Indian journal of veterinary science and animal husbandry - Volumes 28-29, 1958-1959
Year: 1958
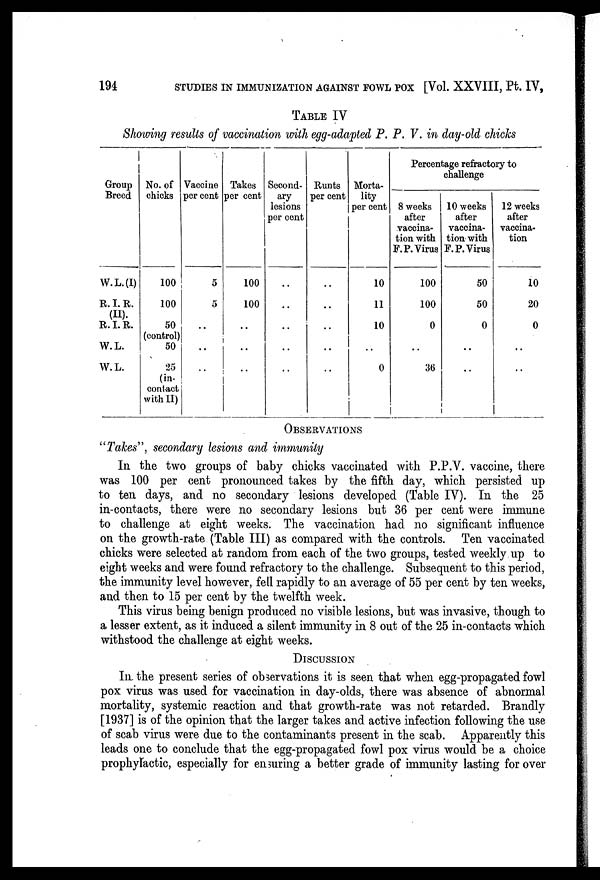
194
STUDIES IN IMMUNIZATION AGAINST FOWL POX [Vol. XXVIII, Pt. IV,
TABLE IV
Showing results of vaccination with egg-adapted P. P. V. in day-old chicks
Group
Breed
W.L. (I)
R. I. R.
(II).
R. I. R.
W. L.
W. L.
No. of
chicks
100
100
50
(control)
50
25
(in-
contact
with II)
Vaccine
per cent
5
5
..
..
..
Takes
per cent
100
100
..
..
..
Second-
ary
lesions
per cent
..
..
..
..
..
Runts
per cent
..
..
..
..
..
Morta-
lity
per cent
10
11
10
..
0
Percentage refractory to
8 weeks
after
vaccina-
tion with
F. P. Virus
100
100
0
..
36
10 weeks
after
vaccina-
tion with
F. P. Virus
50
50
0
..
12 weeks
after
vaccina-
tion
10
20
0
..
OBSERVATIONS
"Takes", secondary lesions and immunity
In the two groups of baby chicks vaccinated with P.P.V. vaccine, there
was 100 per cent pronounced takes by the fifth day, which persisted up
to ten days, and no secondary lesions developed (Table IV). In the 25
in-contacts, there were no secondary lesions but 36 per cent were immune
to challenge at eight weeks. The vaccination had no significant influence
on the growth-rate (Table III) as compared with the controls. Ten vaccinated
chicks were selected at random from each of the two groups, tested weekly up to
eight weeks and were found refractory to the challenge. Subsequent to this period,
the immunity level however, fell rapidly to an average of 55 per cent by ten weeks,
and then to 15 per cent by the twelfth week.
This virus being benign produced no visible lesions, but was invasive, though to
a lesser extent, as it induced a silent immunity in 8 out of the 25 in-contacts which
withstood the challenge at eight weeks.
DISCUSSION
In the present series of observations it is seen that when egg-propagated fowl
pox virus was used for vaccination in day-olds, there was absence of abnormal
mortality, systemic reaction and that growth-rate was not retarded. Brandly
[1937] is of the opinion that the larger takes and active infection following the use
of scab virus were due to the contaminants present in the scab. Apparently this
leads one to conclude that the egg-propagated fowl pox virus would be a choice
prophylactic, especially for ensuring a better grade of immunity lasting for over